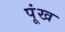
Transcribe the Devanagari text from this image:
पूंख